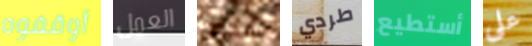
أوقفوه العمل شخص طردي أستطيع على